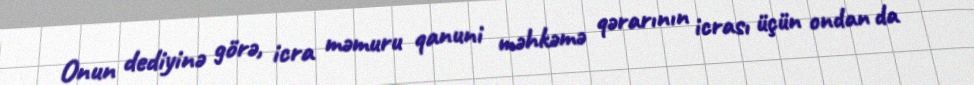
Onun dediyinə görə, icra məmuru qanuni məhkəmə qərarının icrası üçün ondan da